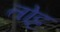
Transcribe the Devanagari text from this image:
तोट्ट